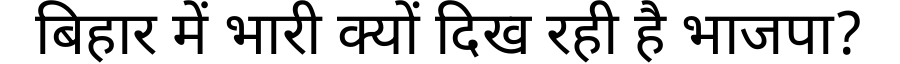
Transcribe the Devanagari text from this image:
बिहार में भारी क्यों दिख रही है भाजपा?